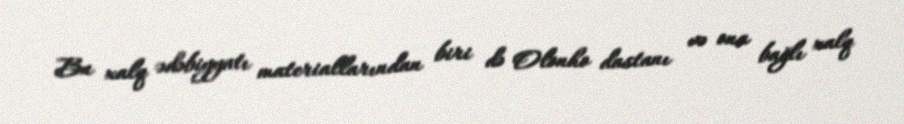
Bu xalq ədəbiyyatı materiallarından biri də Olonho dastanı və ona bağlı xalq